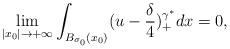
LaTeX: \begin{align*}\lim_{\vert x_{0} \vert\rightarrow +\infty}\int_{B_{\sigma_{0}}(x_{0})}(u - \frac{\delta}{4})_{+}^{\gamma^{*}}dx = 0,\end{align*}